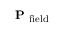
\mathrm { ~ \bf ~ P ~ } _ { \mathrm { f i e l d } }